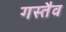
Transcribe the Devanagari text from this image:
गस्तैव